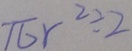
\pi r ^ { 2 } \div 2